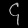
Digit: ၄